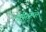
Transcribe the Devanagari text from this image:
गुंतविलेले